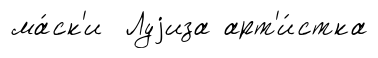
ма́ск'и Луjиза арт'и́стка